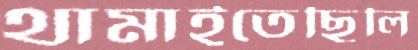
থামাইতেছিলি